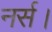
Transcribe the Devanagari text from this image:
नर्स।